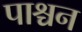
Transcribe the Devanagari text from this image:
पाश्चन